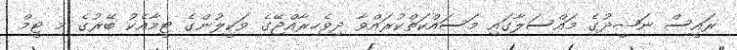
ރައީސް ނަޝީދުގެ މައްސަލާގައި މަސައްކަތްކުރައްވާ ދިވެހިރާއްޖޭގެ ވަކީލުންގެ ޓީމާއެކު ބޭރުގެ މި ޓީމް